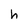
Character: h